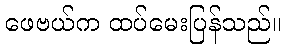
ဖေဗယ်က ထပ်မေးပြန်သည်။